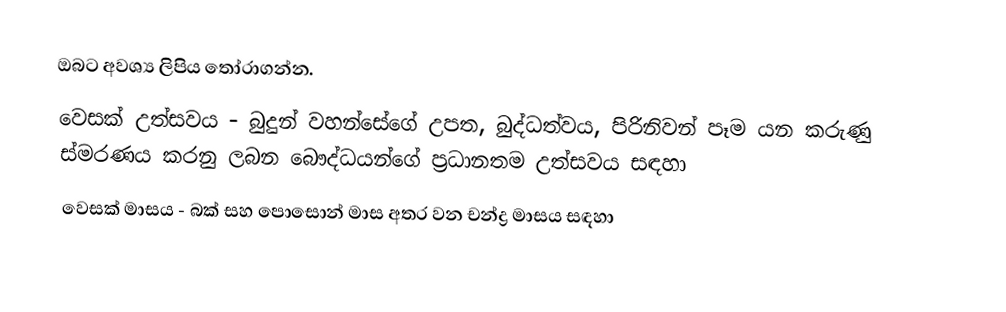
ඔබට අවශ්‍ය ලිපිය තෝරාගන්න.
 වෙසක් උත්සවය - බුදුන් වහන්සේගේ උපත, බුද්ධත්වය, පිරිනිවන් පෑම යන කරුණු ස්මරණය කරනු ලබන බෞද්ධයන්ගේ ප්‍රධානතම උත්සවය සඳහා
 වෙසක් මාසය - බක් සහ පොසොන් මාස අතර වන චන්ද්‍ර මාසය සඳහා